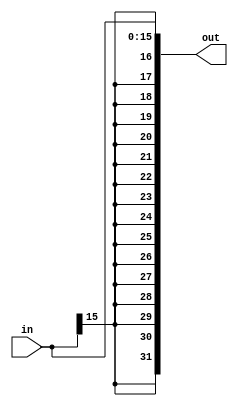
module Sign_extend #(parameter n = 16)(
	input [n-1 : 0] in,
	output [2*n -1 : 0] out
);
	assign out = {{n{in[n-1]}},in};
endmodule